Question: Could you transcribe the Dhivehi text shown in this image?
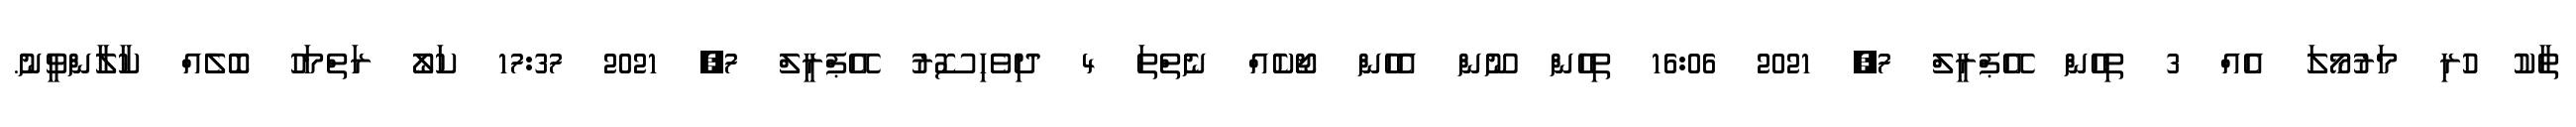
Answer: ތާކު ހުރި މަރުމޯލަ އެއް 3 ތިހެން އޭޕްރީލް 7, 2021 16:06 ތިހެން ނޫން އެހެން ޖޯކެއް ނެތްތަ 4 ދިވެހިސޮރު އޭޕްރީލް 7, 2021 17:37 ކަލޯ ރަތްމަހު ބޮލެއް ކާލާންވީނު.